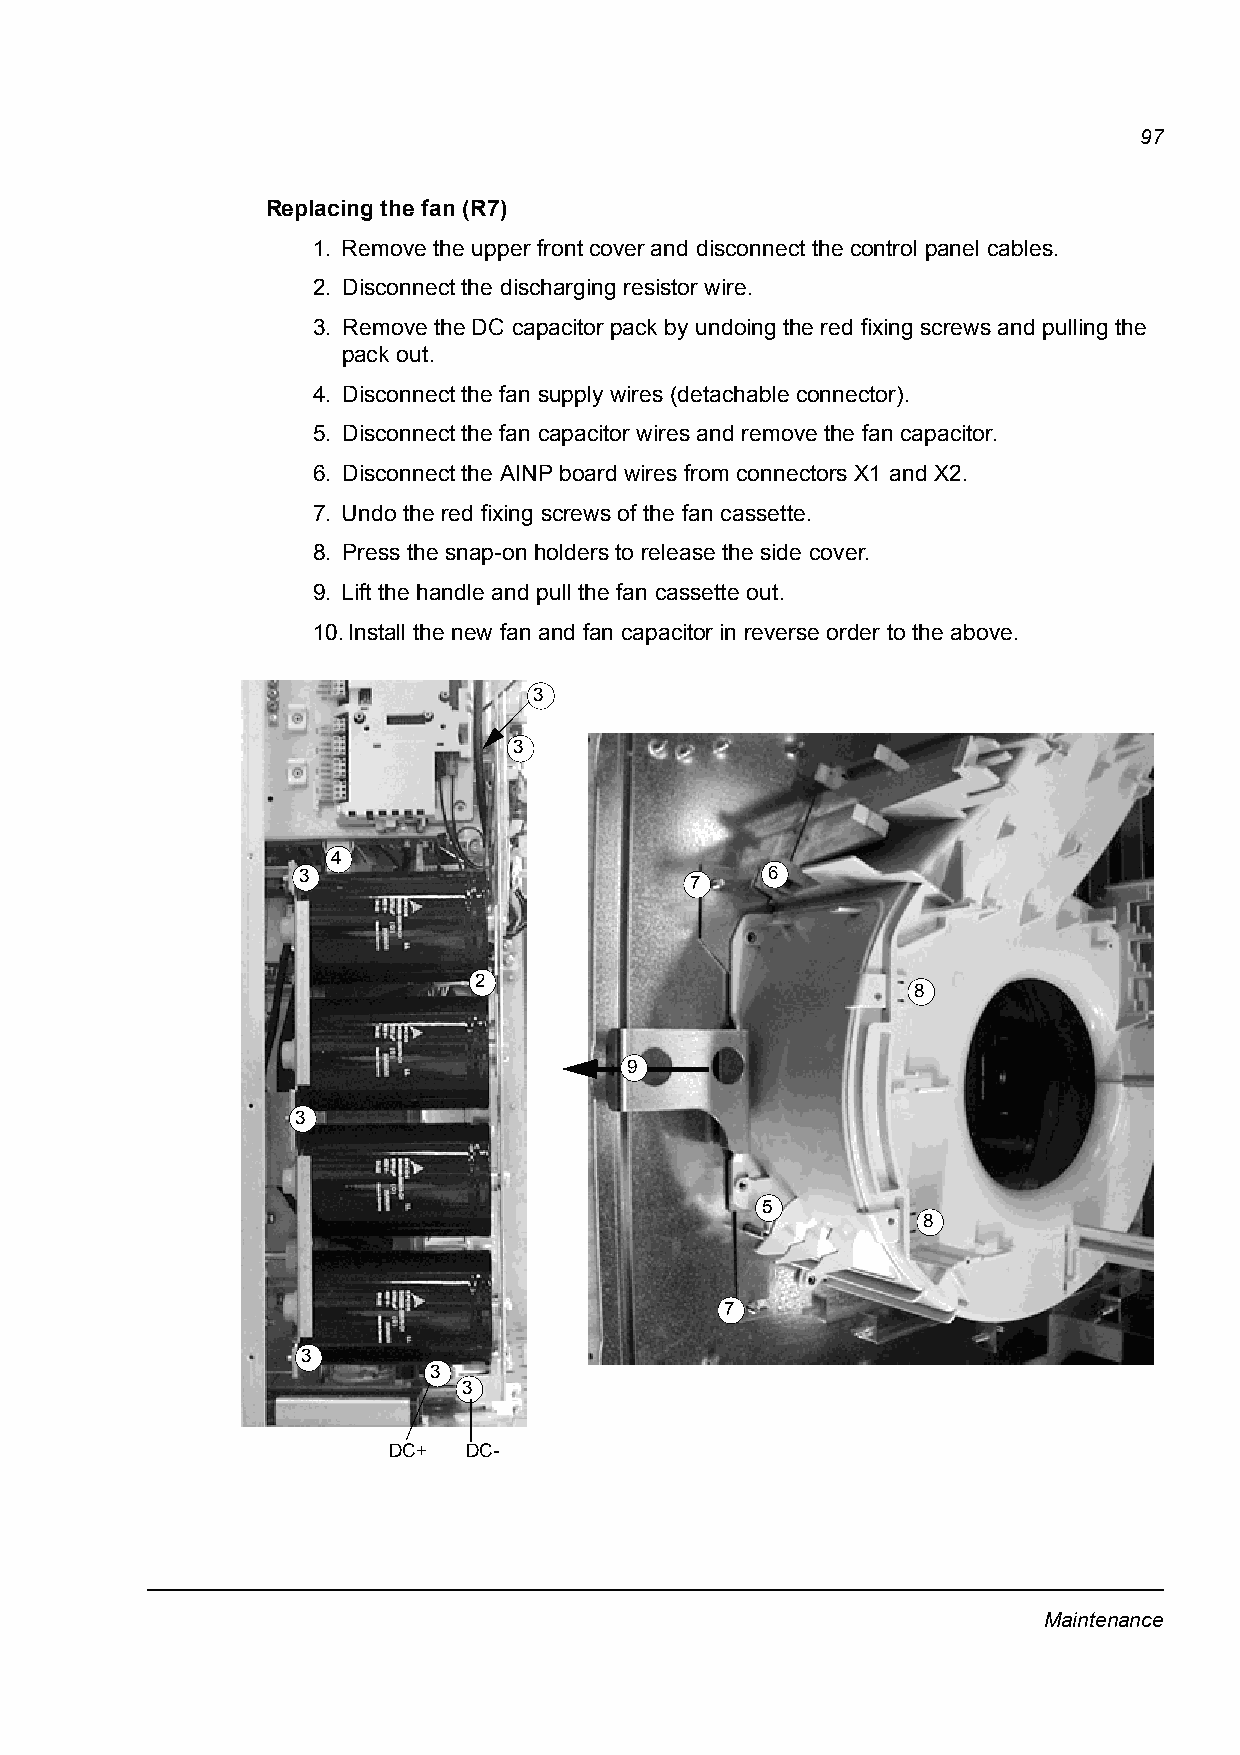
97
 Replacing the fan (R7)
 1. Remove the upper front cover and disconnect the control panel cables.
 2. Disconnect the discharging resistor wire.
 3. Remove the DC capacitor pack by undoing the red fixing screws and pulling the
 pack out.
 4. Disconnect the fan supply wires (detachable connector).
 5. Disconnect the fan capacitor wires and remove the fan capacitor.
 6. Disconnect the AINP board wires from connectors X1 and X2.
 7. Undo the red fixing screws of the fan cassette.
 8. Press the snap-on holders to release the side cover.
 9. Lift the handle and pull the fan cassette out.
 10.Install the new fan and fan capacitor in reverse order to the above.
 3
 3
 4
 3                              6
 7
 2
 8
 9
 3
 5
 8
 7
 3
 3
 3
 DC+  DC-
 Maintenance